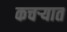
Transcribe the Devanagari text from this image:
कचर्‍यात